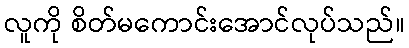
လူကို စိတ်မကောင်းအောင်လုပ်သည်။